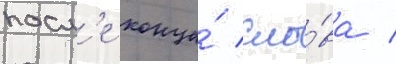
посл'е конца́ сло́ва /